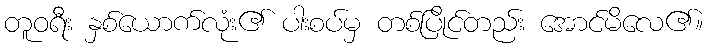
တူဝရီး နှစ်ယောက်လုံး၏ ပါးစပ်မှ တစ်ပြိုင်တည်း အောင်မိလေ၏။